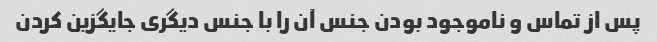
پس از تماس و ناموجود بودن جنس آن را با جنس دیگری جایگزین کردن